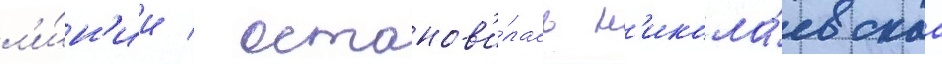
л'и́н'ии / останов'и́лась н'икола́евскаа